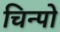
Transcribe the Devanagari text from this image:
चिन्पो